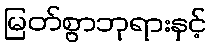
မြတ်စွာဘုရားနှင့်